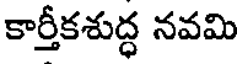
కార్తీకశుద్ధ నవమి